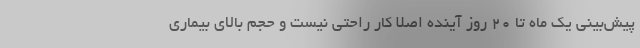
پیش‌بینی یک ماه تا ۲۰ روز آینده اصلا کار راحتی نیست و حجم بالای بیماری